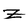
Character: z